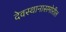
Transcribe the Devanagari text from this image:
देवस्थानासमोरील